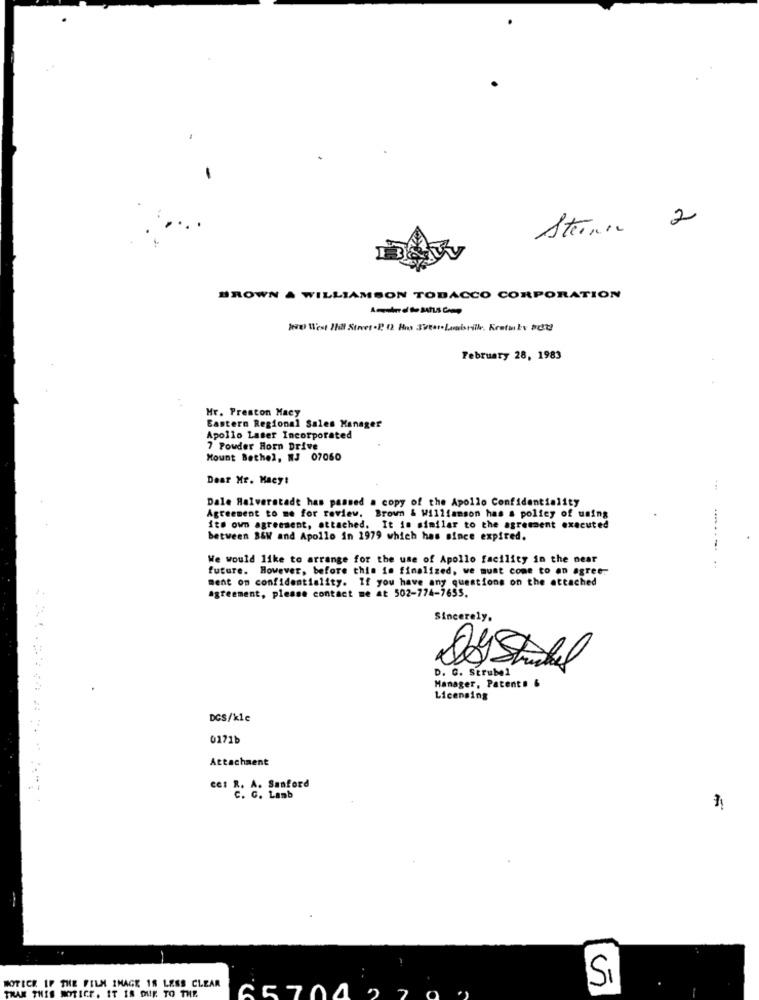
Steen 2
BROWN A WILLIAMSON TOBACCO CORPORATION
We West !hil Street-2 12 Hus Tvest.Louisrilke, Kretaby acht
February 28, 1983
Mr. Preston Macy
Eastern Regional Sales Manager
Apollo Laser Incorporated
7 Powder Horn Drive
Mount Bethel, NJ 07060
Dear Mr. Macy:
Dale Halveratade has passed a copy of the Apollo Confidentiality
Agreement to me for review. Brown & Williamson has a poliey of using
its own agreement, attached. It is similar to the agreement executed
between B&W and Apollo in 1979 which has since expired.
!
We would like to arrange for the use of Apollo facility in the near
future. However, before this in finalized, we must come to an agree.
:
ment on confidentiality. If you have any questions on the attached
agreement, please contact me at 502-774-7655.
Sincerely,
D. C. Strubel
Manager, Patente &
Licensing
DCS/kle
0171b
Attachment
CCI R. A. Sanford
G. Lamb
Si
NOTICE IF THE FILM IMAGE 18 LESS CLEAR
KAR THI
NOTICE, IT IS DUE TO THE
7
65704 2